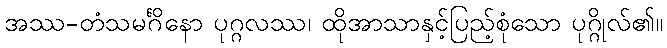
အဿ-တံသမင်္ဂိနော ပုဂ္ဂလဿ၊ ထိုအာသာနှင့်ပြည့်စုံသော ပုဂ္ဂိုလ်၏။